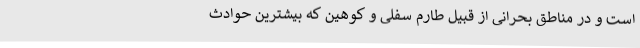
است و در مناطق بحرانی از قبیل طارم سفلی و کوهین که بیشترین حوادث